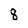
Character: 8